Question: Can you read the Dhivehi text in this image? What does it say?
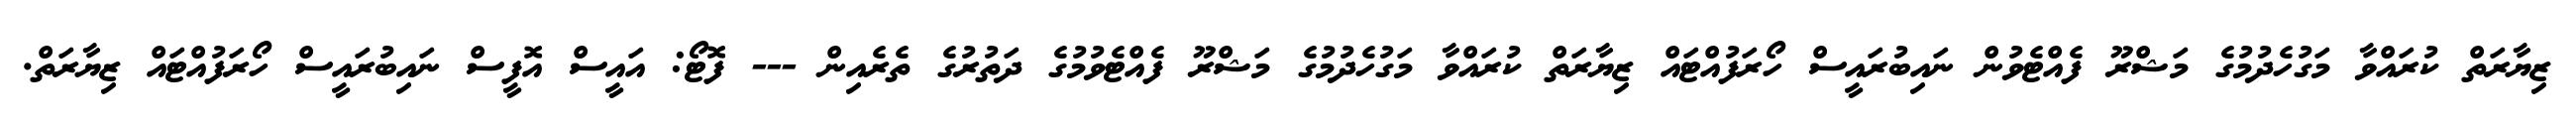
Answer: ޒިޔާރަތް ކުރައްވާ މަގުހެދުމުގެ މަޝްރޫ ފެއްޓެވުން ނައިބުރައީސް ހޯރަފުއްޓައް ޒިޔާރަތް ކުރައްވާ މަގުހެދުމުގެ މަޝްރޫ ފެއްޓެވުމުގެ ދަތުރުގެ ތެރެއިން --- ފޮޓޯ: އައީސް އޮފީސް ނައިބުރައީސް ހޯރަފުއްޓައް ޒިޔާރަތް.